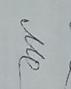
Signature authenticity: genuine